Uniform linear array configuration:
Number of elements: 8
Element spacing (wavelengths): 0.25
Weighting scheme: uniform
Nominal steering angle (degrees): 0
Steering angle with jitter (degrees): -0.01682
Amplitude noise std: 0.05
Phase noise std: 0.05

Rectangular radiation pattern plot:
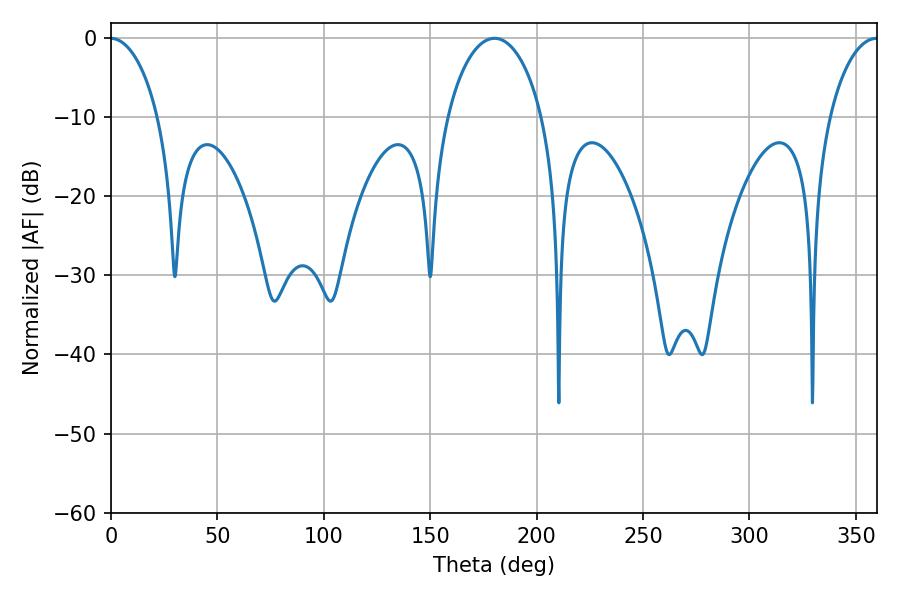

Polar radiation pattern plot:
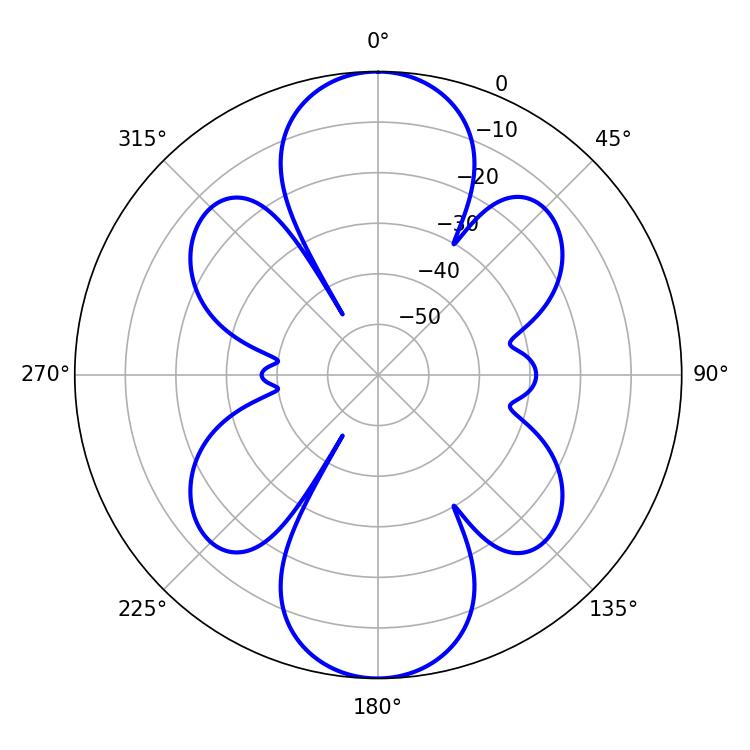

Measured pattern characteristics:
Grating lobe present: FALSE
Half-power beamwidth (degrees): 25.56
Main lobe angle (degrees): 180.18